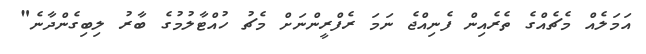
އަމަލެއް މެޗެއްގެ ތެރެއިން ފެނިއްޖެ ނަމަ ރެފްރީންނަށް މެޗު ހުއްޓާލުމުގެ ބާރު ލިބިގެންދާނެ"